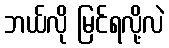
ဘယ်လို မြင်ရလို့လဲ